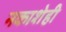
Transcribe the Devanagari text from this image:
नकाशेही